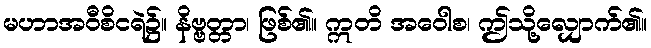
မဟာအဝီစိငရဲ၌။ နိဗ္ဗတ္တာ၊ ဖြစ်၏။ ဣတိ အဝေါစ၊ ဤသို့လျှောက်၏။